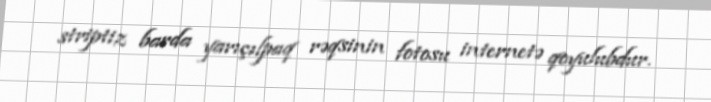
striptiz barda yarıçılpaq rəqsinin fotosu internetə qoyulubdur.